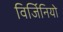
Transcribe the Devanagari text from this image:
विर्जिनियो